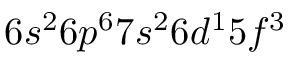
6 s ^ { 2 } 6 p ^ { 6 } 7 s ^ { 2 } 6 d ^ { 1 } 5 f ^ { 3 }